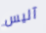
آليس